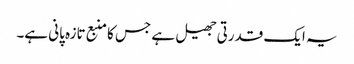
یہ ایک قدرتی جھیل ہے جس کا منبع تازہ پانی ہے۔